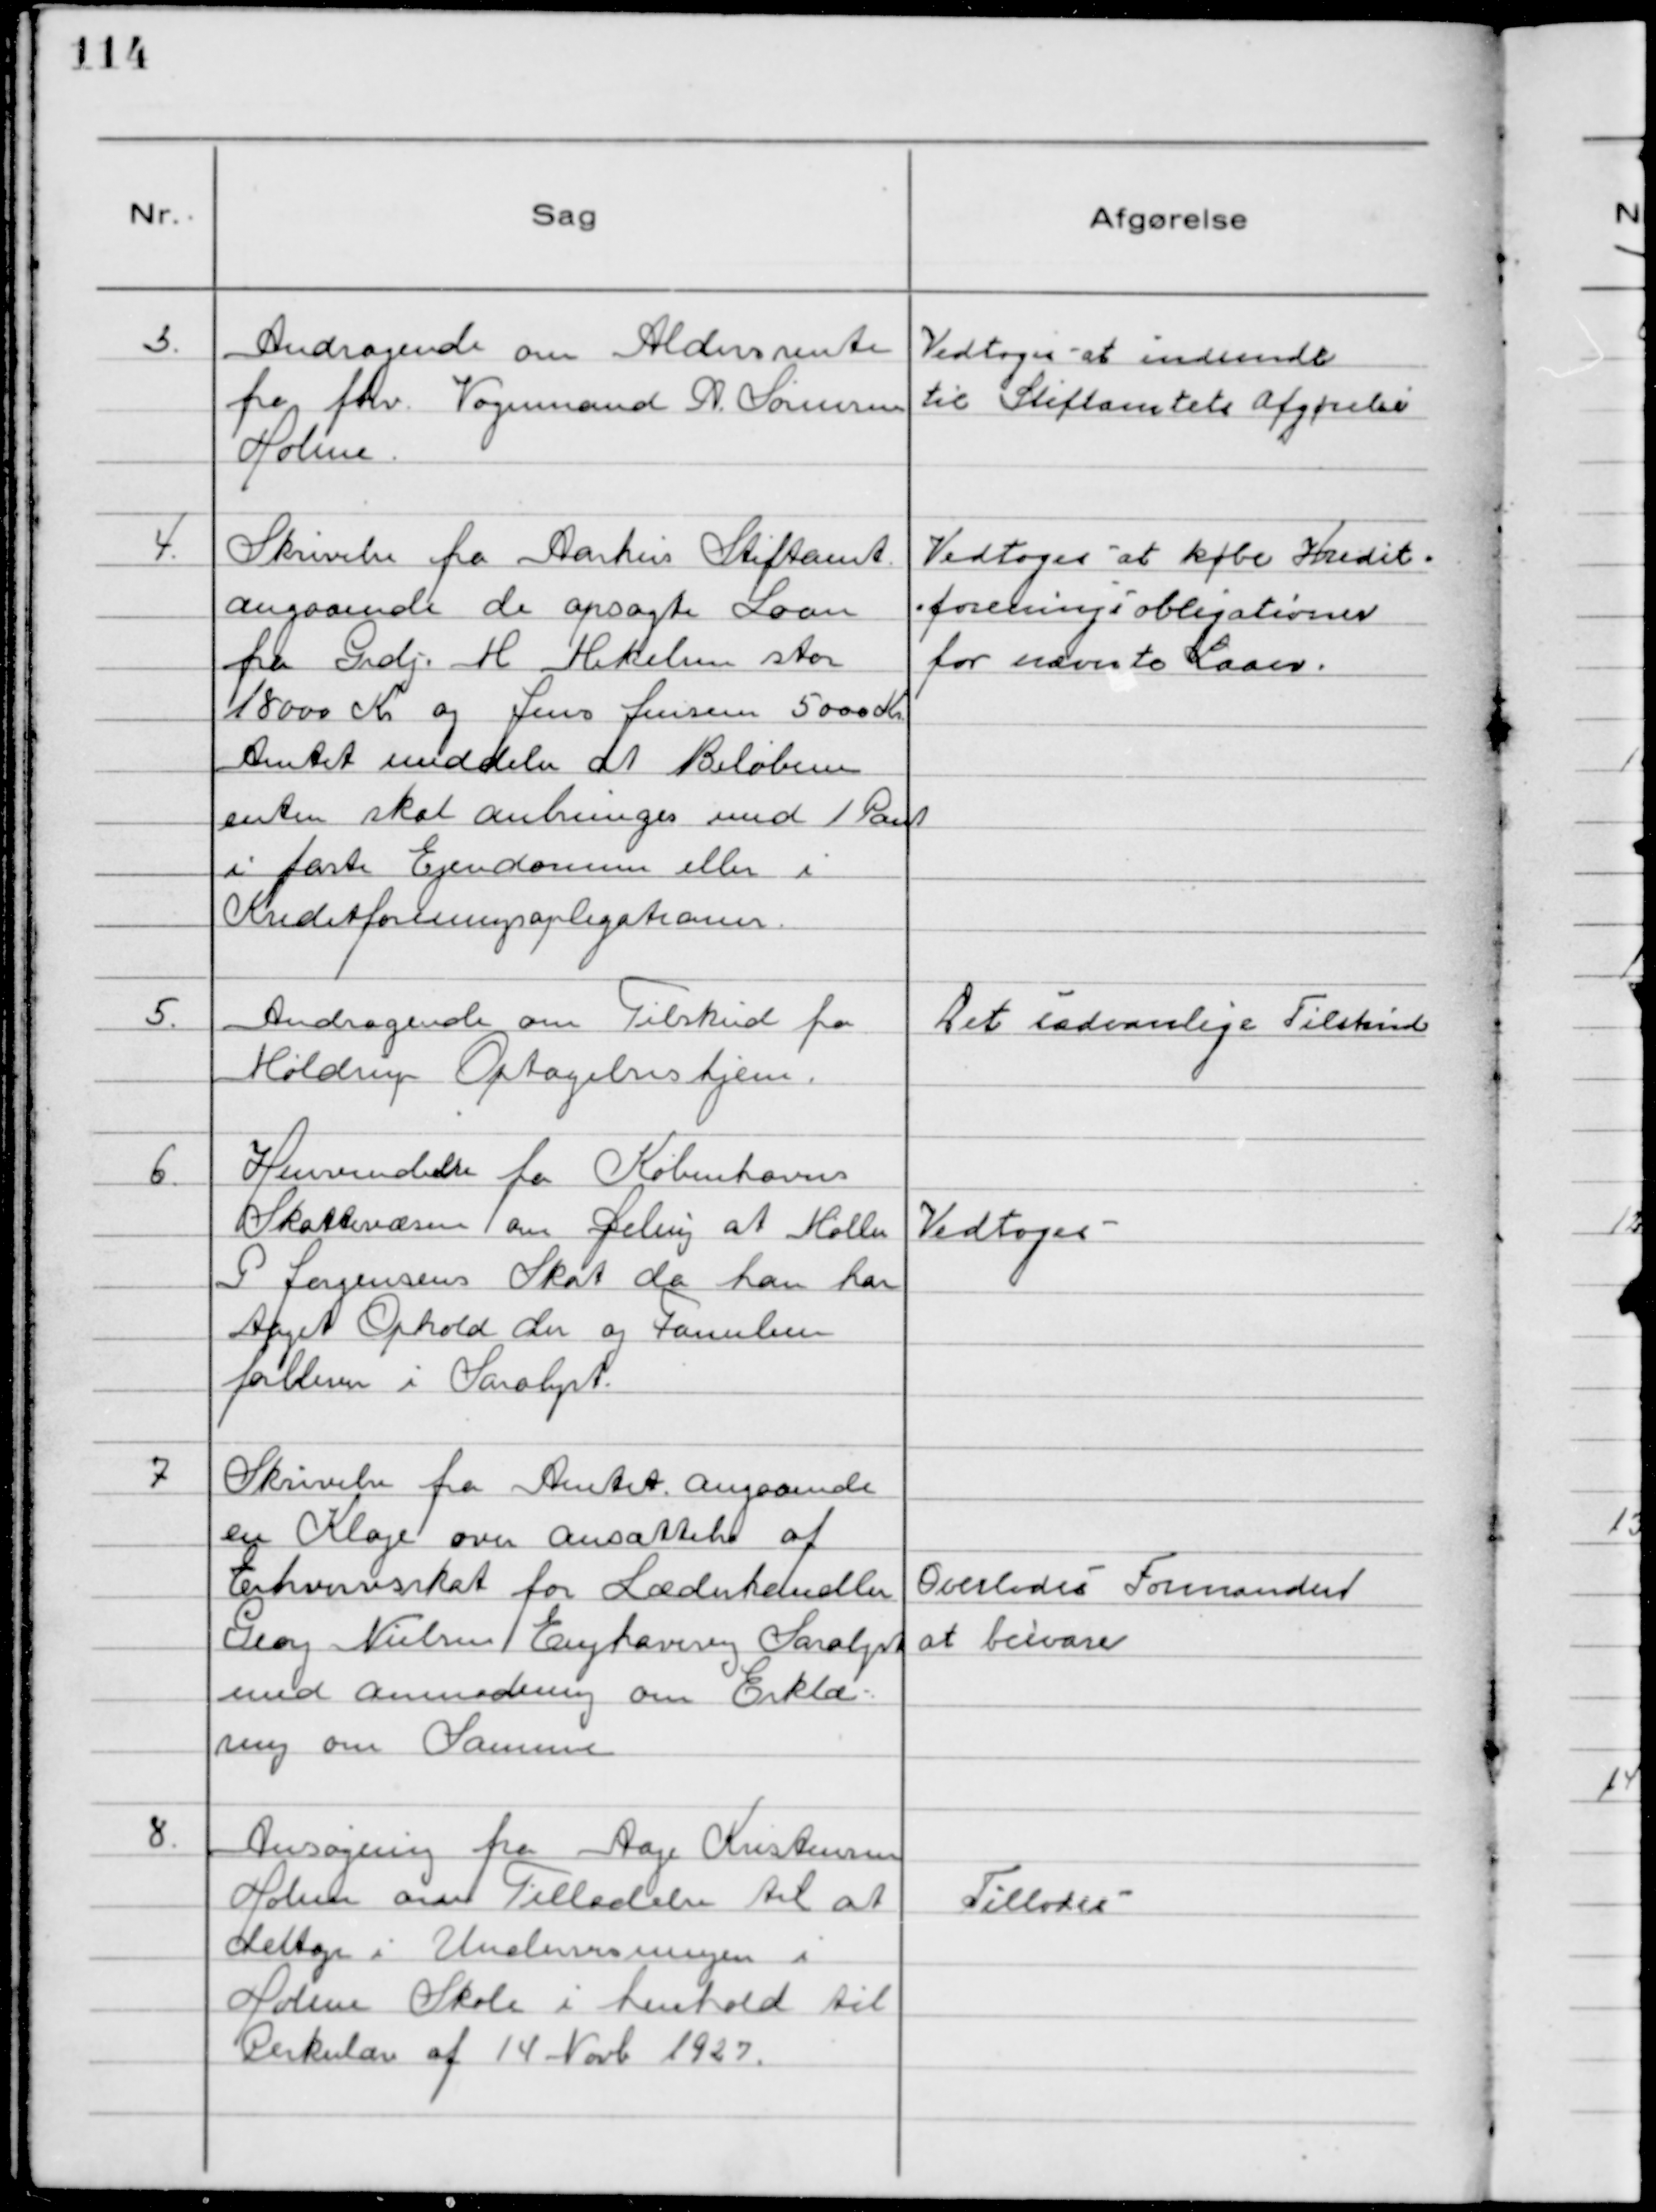
Transskription:
3.
Andragende om Aldersrente
fra fhv. Vognmand N. Sørensen
Holme.

Vedtoges at indsende
til Stiftamtets Afgørelse

4.
Skrivelse fra Aarhus Stiftamt
angaaende de opsagte Laan
fra Grdj. M Mikkelsen stor
18000 Kr og Jens Jensen 5000 Kr.
Amtet meddeler at Beløbene
enten skal anbringes med 1 Pant
i faste Ejendomme eller i
Kreditforeningsopligationer.

Vedtoges at købe Kredit-
foreningsobligationer
for nævnte Laan.

5.
Andragende om Tilskud fra
Møldrup Optagelseshjem.

Det sædvanlige Tilskud

6.
Henvendelse fra Københavns
Skattevæsen om Deling at Møller
P Jørgensens Skat da han har
taget Ophold der og Familien
forbleven i Saralyst.

Vedtoges

7
Skrivelse fra Amtet angaaende
en Klage om ansættelse af
Erhvervsskat for Læderhandler
Georg Nielsen Enghavevej Saralyst
med anmodning om Erklæ-
ring om Samme

Overlodes Formanden
at besvare

8.
Ansøgning fra Aage Kristensen
Holme om Tilladelse til at
deltage i Undervisningen i
Holme Skole i henhold til
Cirkulære af 14 Novb 1927.

Tillodes